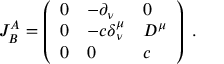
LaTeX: J _ { B } ^ { A } = \left( \begin{array} { l l l } { { 0 } } & { { - \partial _ { \nu } } } & { { 0 } } \\ { { 0 } } & { { - c \delta _ { \nu } ^ { \mu } } } & { { D ^ { \mu } } } \\ { { 0 } } & { { 0 } } & { { c } } \end{array} \right) \ .